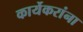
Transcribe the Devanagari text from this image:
कार्येकरांना